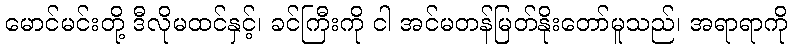
မောင်မင်းတို့ ဒီလိုမထင်နှင့်၊ ခင်ကြီးကို ငါ အင်မတန်မြတ်နိုးတော်မူသည်၊ အရာရာကို